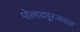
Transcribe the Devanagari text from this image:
पोलादपूरजवळ